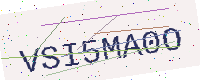
Text: VSI5MA0O